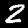
Label: 2